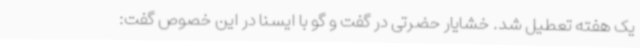
یک هفته تعطیل شد. خشایار حضرتی در گفت و گو با ایسنا در این خصوص گفت: